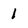
Character: 1